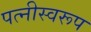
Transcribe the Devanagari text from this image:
पत्नीस्वरूप